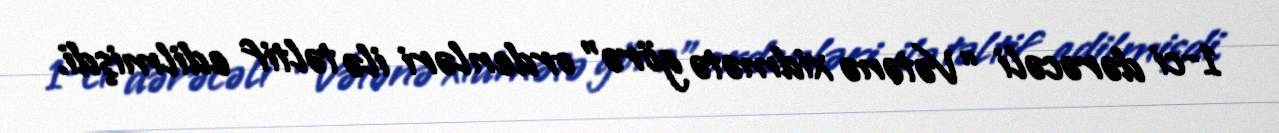
1-ci dərəcəli “Vətənə xidmətə görə” ordenləri ilə təltif edilmişdi.